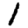
Digit: 1